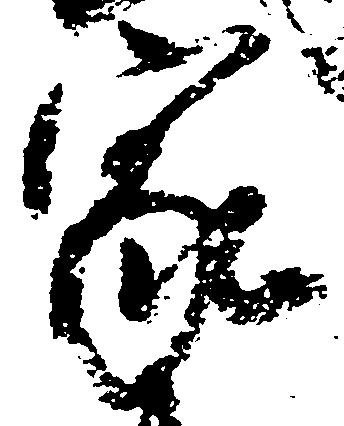
家